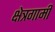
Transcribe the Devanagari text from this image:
क्षेत्रगामी